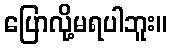
ပြောလို့မရပါဘူး။